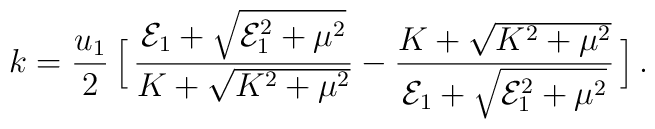
k = {u_1 \over 2} \,\Big[ \,{ {\cal E}_1  +\sqrt{{\cal E}_1^2 + \mu^2 } 			\over  K + \sqrt{K^2 + \mu^2}}- { K + \sqrt{K^2 + \mu^2}\over {\cal E}_1  +\sqrt{{\cal E}_1^2 + \mu^2 }}\,\Big]\,.